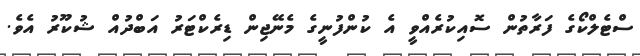
ސްޓެލްކޯގެ ފަރާތުން ސޮއިކުރެއްވީ އެ ކުންފުނީގެ މެނޭޖިން ޑިރެކްޓަރު އަބްދުއް ޝުކޫރު އެވެ.